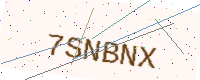
Text: 7SNBNX